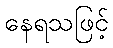
နေရသဖြင့်